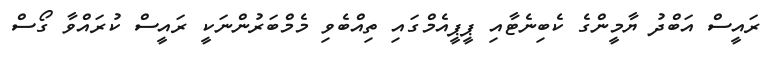
ރައީސް އަބްދު ޔާމީންގެ ކެބިނެޓާއި ޕީޕީއެމްގައި ތިއްބެވި މެމްބަރުންނަކީ ރައީސް ކުރައްވާ ގޯސް